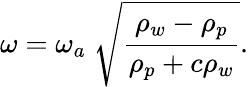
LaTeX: \omega=\omega_{a}\; \sqrt{\frac{\rho_{w}-\rho_{p}}{\rho_{p}+c\rho_{w}}}.